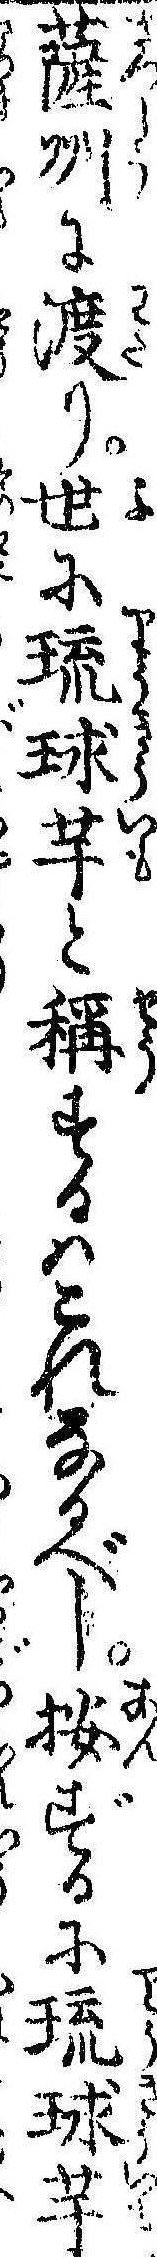
薩州に渡り世に琉球芋と称するはこれなるべし按ずるに琉球芋